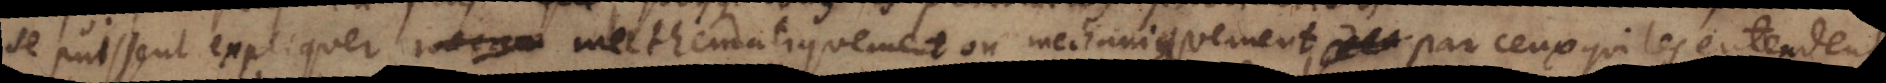
se puissent expliquer mathematiquement ou mechaniquement par ceux qui les entendent,